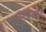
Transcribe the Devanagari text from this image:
स्टिब्नाइट